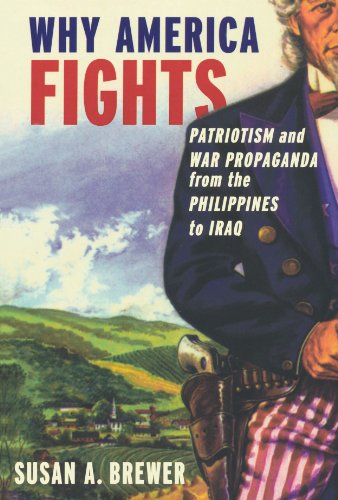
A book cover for Why America Fights: Patriotism and War Propaganda from the Philippines to Iraq; Susan A. Brewer; History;